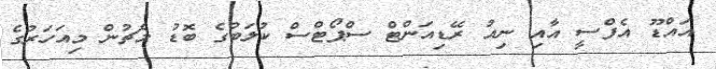
އައްޑޫ އެފްސީ އާއި ނިއު ރޭޑިއަންޓް ސްޕޯޓްސް ކުލަބުގެ ބޮޑު މެޗުން މިއަހަރުގެ